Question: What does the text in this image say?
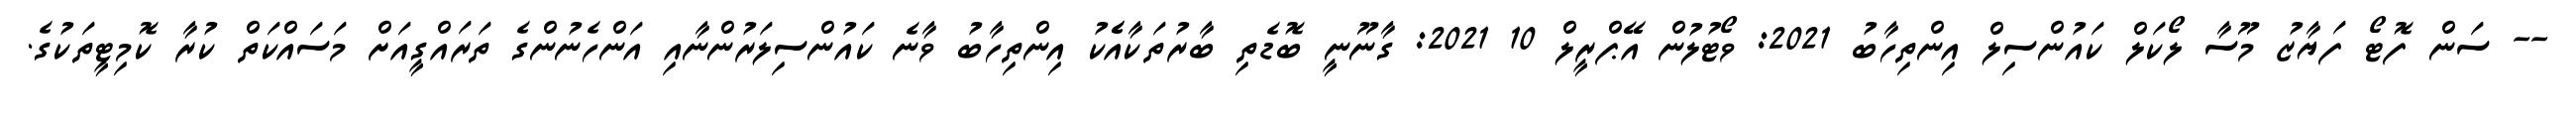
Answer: -- ސަން ފޮޓޯ ފަޔާޒު މޫސާ ލޯކަލް ކައުންސިލް އިންތިހާބު 2021: ވޯޓުލުން އޭޕްރީލް 10 2021: ގާނޫނީ ބޮޑެތި ބާރުތަކާއެެކު އިންތިހާބު ވާނެ ކައުންސިލަރުންނާއި އަންހެނުންގެ ތަރައްގީއަށް މަސައްކަތް ކުރާ ކޮމިޓީތަކުގެ.